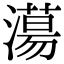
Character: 𣿴